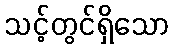
သင့်တွင်ရှိသော